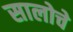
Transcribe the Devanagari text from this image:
सालोचे